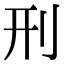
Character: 刑